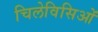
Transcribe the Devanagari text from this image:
चिलेविसिओं